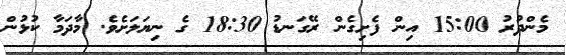
މެންދުރު 15:00 އިން ފެށިގެން ރޭގަނޑު 18:30 ގެ ނިޔަލަށެވެ. މާދަމާ ކުޅުން